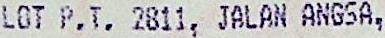
LOT P.T. 2811, JALAN ANGSA,